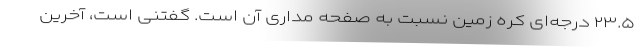
۲۳.۵ درجه‌ای کره زمین نسبت به صفحه مداری آن است. گفتنی است، آخرین